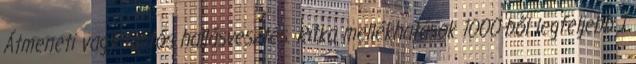
Átmeneti vagy tartós hallásvesztés. Ritka mellékhatások 1000-ből legfeljebb 1